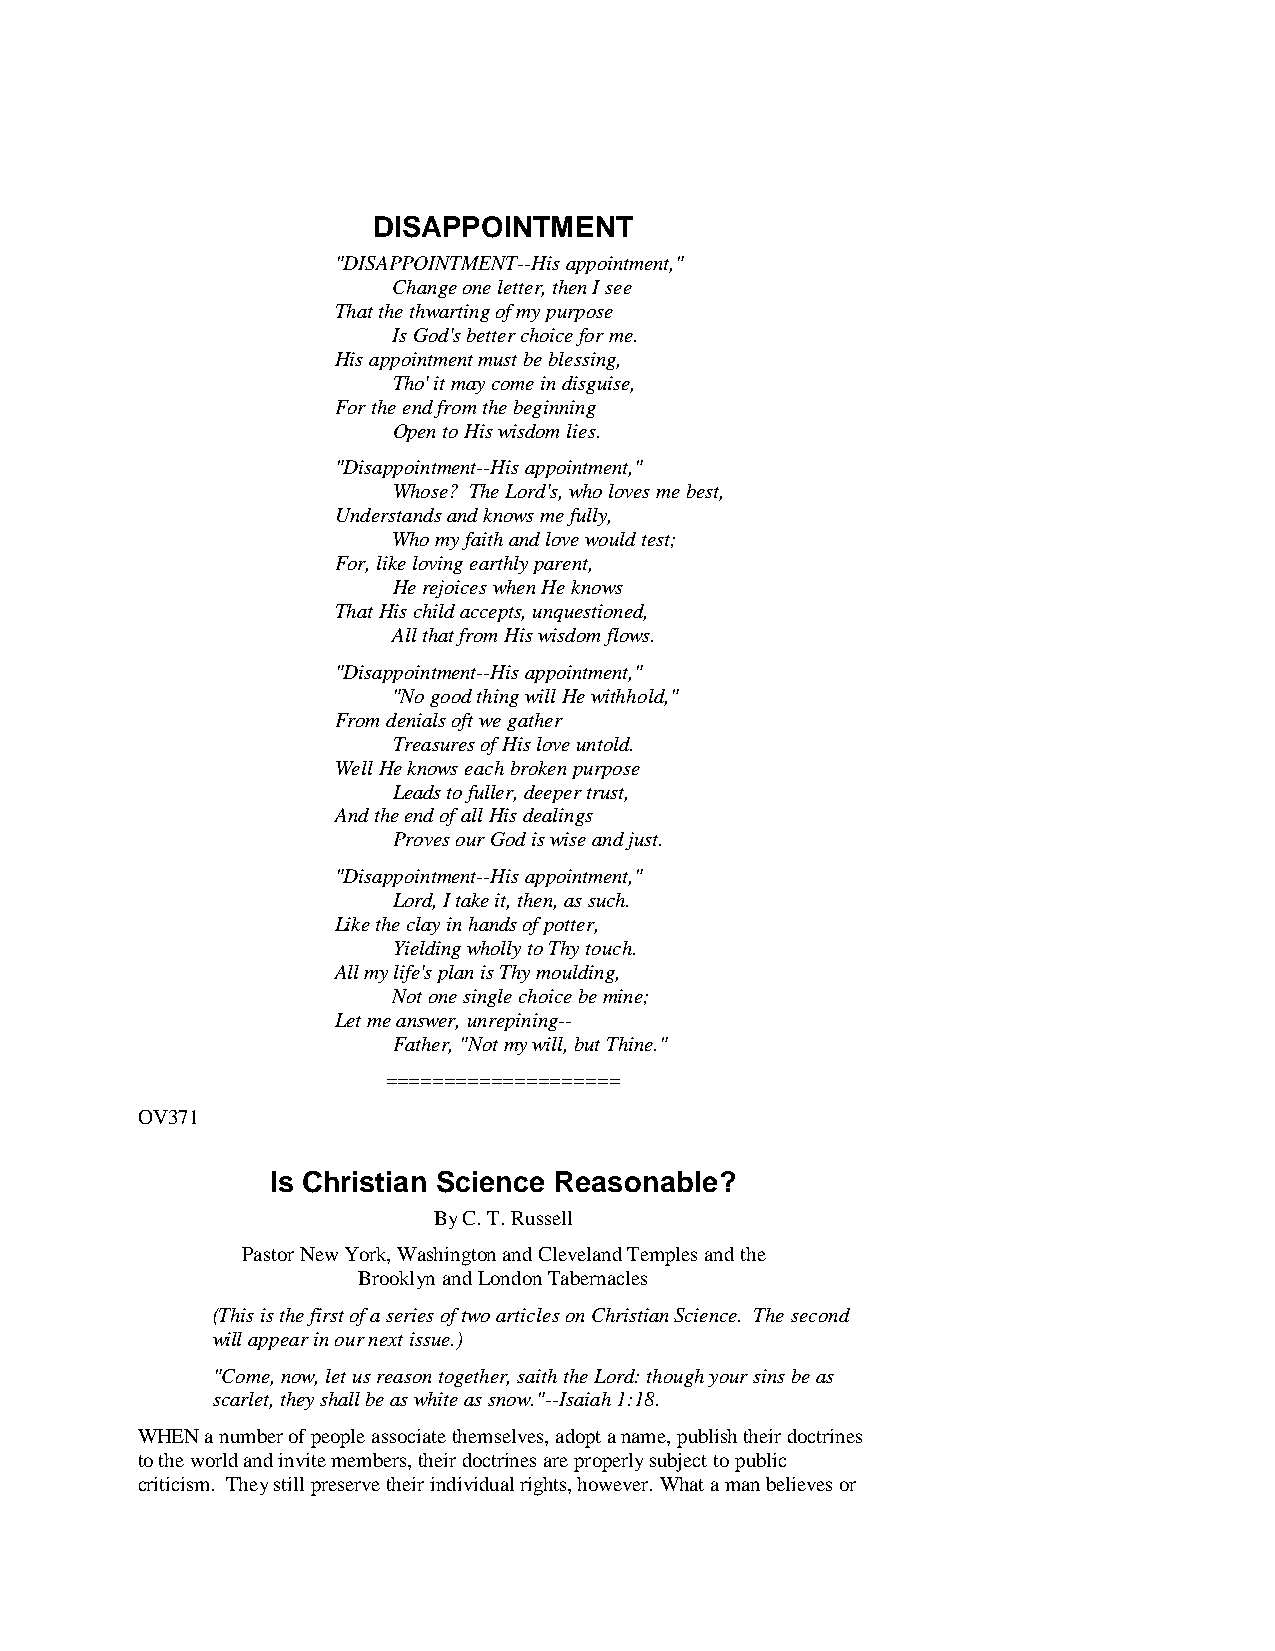
DISAPPOINTMENT
 "DISAPPOINTMENT--His appointment,"
 Change one letter, then I see
 That the thwarting of my purpose
 Is God's better choice for me.
 His appointment must be blessing,
 Tho' it may come in disguise,
 For the end from the beginning
 Open to His wisdom lies.
 "Disappointment--His appointment,"
 Whose? The Lord's, who loves me best,
 Understands and knows me fully,
 Who my faith and love would test;
 For, like loving earthly parent,
 He rejoices when He knows
 That His child accepts, unquestioned,
 All that from His wisdom flows.
 "Disappointment--His appointment,"
 "No good thing will He withhold,"
 From denials oft we gather
 Treasures of His love untold.
 Well He knows each broken purpose
 Leads to fuller, deeper trust,
 And the end of all His dealings
 Proves our God is wise and just.
 "Disappointment--His appointment,"
 Lord, I take it, then, as such.
 Like the clay in hands of potter,
 Yielding wholly to Thy touch.
 All my life's plan is Thy moulding,
 Not one single choice be mine;
 Let me answer, unrepining--
 Father, "Not my will, but Thine."
 ====================
 OV371
 Is Christian Science Reasonable?
 By C. T. Russell
 Pastor New York, Washington and Cleveland Temples and the
 Brooklyn and London Tabernacles
 (This is the first of a series of two articles on Christian Science. The second
 will appear in our next issue.)
 "Come, now, let us reason together, saith the Lord: though your sins be as
 scarlet, they shall be as white as snow."--Isaiah 1:18.
 WHEN a number of people associate themselves, adopt a name, publish their doctrines
 to the world and invite members, their doctrines are properly subject to public
 criticism. They still preserve their individual rights, however. What a man believes or